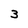
Character: 3